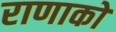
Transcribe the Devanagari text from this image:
राणाको